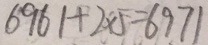
6 9 6 1 + 2 \times 5 = 6 9 7 1